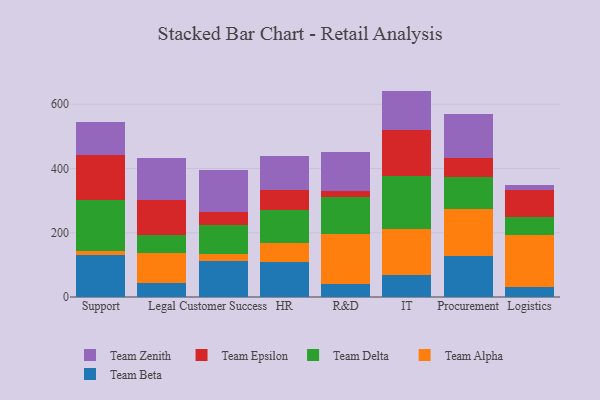
{"axis": {"x": "Department", "y": "Bounce Rate (%)"}, "legend": ["Team Alpha", "Team Beta", "Team Delta", "Team Epsilon", "Team Zenith"], "data": [{"x": "Support", "y": 130.3, "type": "Team Beta"}, {"x": "Support", "y": 12.3, "type": "Team Alpha"}, {"x": "Support", "y": 159.0, "type": "Team Delta"}, {"x": "Support", "y": 140.2, "type": "Team Epsilon"}, {"x": "Support", "y": 101.8, "type": "Team Zenith"}, {"x": "Legal", "y": 42.7, "type": "Team Beta"}, {"x": "Legal", "y": 95.0, "type": "Team Alpha"}, {"x": "Legal", "y": 56.7, "type": "Team Delta"}, {"x": "Legal", "y": 107.3, "type": "Team Epsilon"}, {"x": "Legal", "y": 132.5, "type": "Team Zenith"}, {"x": "Customer Success", "y": 112.1, "type": "Team Beta"}, {"x": "Customer Success", "y": 23.1, "type": "Team Alpha"}, {"x": "Customer Success", "y": 89.8, "type": "Team Delta"}, {"x": "Customer Success", "y": 40.3, "type": "Team Epsilon"}, {"x": "Customer Success", "y": 131.3, "type": "Team Zenith"}, {"x": "HR", "y": 108.2, "type": "Team Beta"}, {"x": "HR", "y": 59.6, "type": "Team Alpha"}, {"x": "HR", "y": 104.5, "type": "Team Delta"}, {"x": "HR", "y": 62.1, "type": "Team Epsilon"}, {"x": "HR", "y": 105.2, "type": "Team Zenith"}, {"x": "R&D", "y": 40.1, "type": "Team Beta"}, {"x": "R&D", "y": 155.6, "type": "Team Alpha"}, {"x": "R&D", "y": 114.2, "type": "Team Delta"}, {"x": "R&D", "y": 19.3, "type": "Team Epsilon"}, {"x": "R&D", "y": 121.3, "type": "Team Zenith"}, {"x": "IT", "y": 70.0, "type": "Team Beta"}, {"x": "IT", "y": 142.1, "type": "Team Alpha"}, {"x": "IT", "y": 164.2, "type": "Team Delta"}, {"x": "IT", "y": 143.7, "type": "Team Epsilon"}, {"x": "IT", "y": 121.8, "type": "Team Zenith"}, {"x": "Procurement", "y": 127.9, "type": "Team Beta"}, {"x": "Procurement", "y": 146.7, "type": "Team Alpha"}, {"x": "Procurement", "y": 98.4, "type": "Team Delta"}, {"x": "Procurement", "y": 59.8, "type": "Team Epsilon"}, {"x": "Procurement", "y": 136.8, "type": "Team Zenith"}, {"x": "Logistics", "y": 32.3, "type": "Team Beta"}, {"x": "Logistics", "y": 159.5, "type": "Team Alpha"}, {"x": "Logistics", "y": 55.9, "type": "Team Delta"}, {"x": "Logistics", "y": 86.7, "type": "Team Epsilon"}, {"x": "Logistics", "y": 14.7, "type": "Team Zenith"}]}